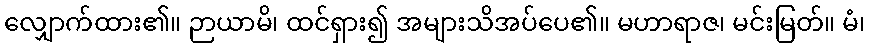
လျှောက်ထား၏။ ဉာယာမိ၊ ထင်ရှား၍ အများသိအပ်ပေ၏။ မဟာရာဇ၊ မင်းမြတ်။ မံ၊